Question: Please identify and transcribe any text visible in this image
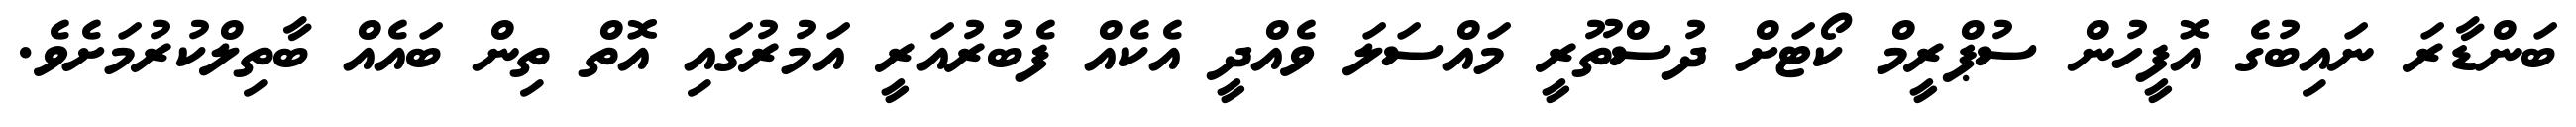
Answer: ބަންޑާރަ ނައިބުގެ އޮފީހުން ސުޕްރީމް ކޯޓަށް ދުސްތޫރީ މައްސަލަ ވެއްދީ އެކެއް ފެބުރުއަރީ އަމުރުގައި އޮތް ތިން ބައެއް ބާތިލްކުރުމަށެވެ.